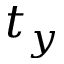
t _ { y }